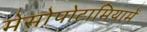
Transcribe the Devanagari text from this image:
मेसोपोटामियामें